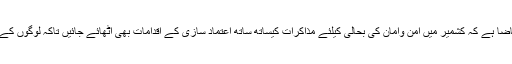
انہوں نے کہا کہ حالات کا تقاضا ہے کہ کشمیر میں امن وامان کی بحالی کیلئے مذاکرات کیساتھ ساتھ اعتماد سازی کے اقدامات بھی اٹھائے جائیں تاکہ لوگوں کے دل ودماغ کو جیتا جا سکے ۔